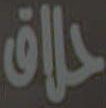
حلاق